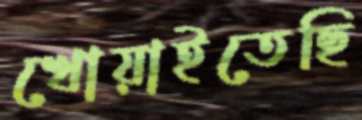
খোয়াইতেছি